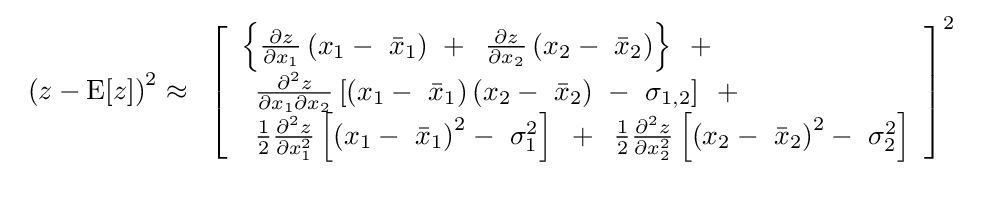
{\begin{array}{l}\left({z-{\rm {E}}[z]}\right)^{2}\approx \,\,\,\left[{\begin{array}{l}\left\{{{\frac {\partial z}{\partial x_{1}}}\left({x_{1}-\,\,{\bar {x}}_{1}}\right)\,\,+\,\,\,{\frac {\partial z}{\partial x_{2}}}\left({x_{2}-\,\,{\bar {x}}_{2}}\right)}\right\}\,\,\,+\\\,\,\,{\frac {\partial ^{2}z}{\partial x_{1}\partial x_{2}}}\left[{\left({x_{1}-\,\,{\bar {x}}_{1}}\right)\left({x_{2}-\,\,{\bar {x}}_{2}}\right)\,\,-\,\,\sigma _{1,2}}\right]\,\,\,+\\\,\,\,{\frac {1}{2}}{\frac {\partial ^{2}z}{\partial x_{1}^{2}}}\left[{\left({x_{1}-\,\,{\bar {x}}_{1}}\right)^{2}-\,\,\sigma _{1}^{2}}\right]\,\,\,+\,\,\,{\frac {1}{2}}{\frac {\partial ^{2}z}{\partial x_{2}^{2}}}\left[{\left({x_{2}-\,\,{\bar {x}}_{2}}\right)^{2}-\,\,\sigma _{2}^{2}}\right]\\\end{array}}\right]^{2}\\\,\,\,\,\,\,\,\,\,\,\,\,\,\,\,\,\,\,\,\,\,\,\,\,\,\,\,\,\,\\\end{array}}